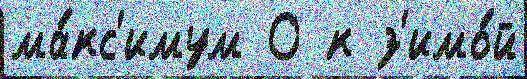
ма́кс'имум 0 к з'имо́й